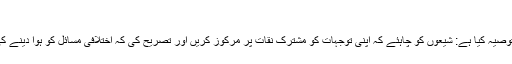
[18]
آیت اللہ سیستانی نے توصیہ کیا ہے: شیعوں کو چاہئے کہ اپنی توجہات کو مشترک نقات پر مرکوز کریں اور تصریح کی کہ اختلافی مسائل کو ہوا دینے کی کوئی دلیل نہیں ہے۔